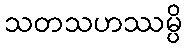
သတသဟဿမ္ပိ